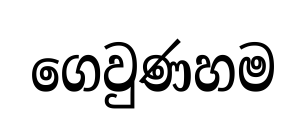
ගෙවුණහම